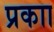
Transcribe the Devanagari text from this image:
प्रकाा